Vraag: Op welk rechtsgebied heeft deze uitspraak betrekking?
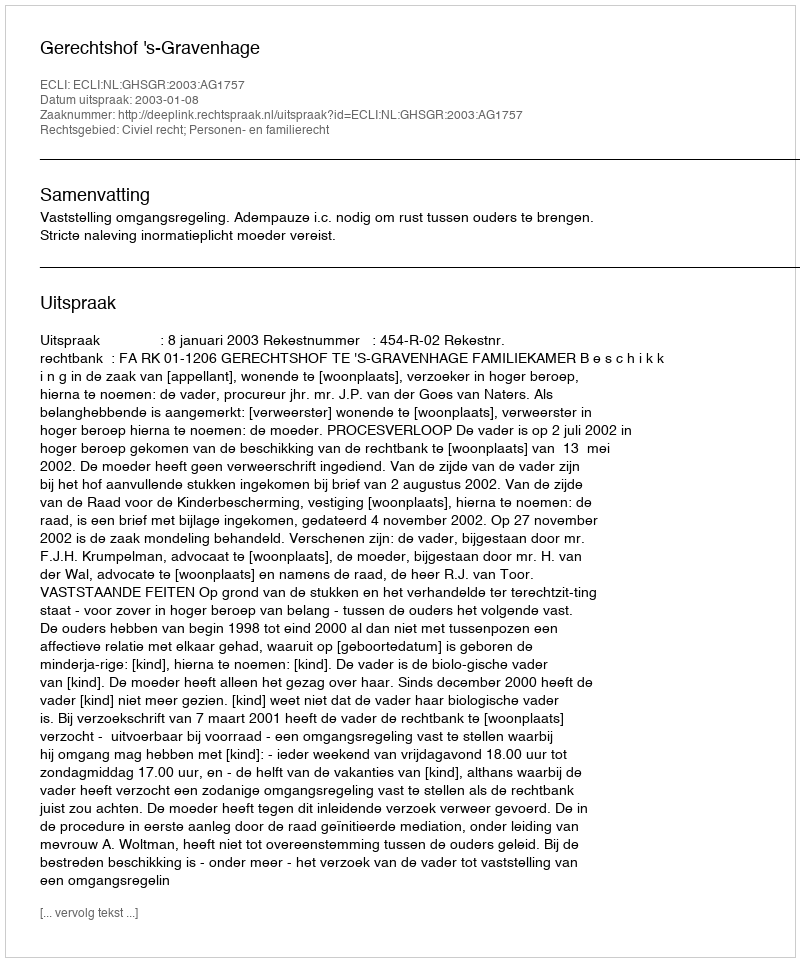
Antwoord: Civiel recht; Personen- en familierecht